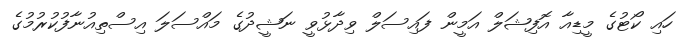
ހައި ކޯޓުގެ މީޑިއާ އޮފިޝަލް އަމީން ފައިސަލް ވިދާޅުވީ ނަޝީދުގެ މައްސަލަ އިސްތިއުނާފުކުރުމުގެ